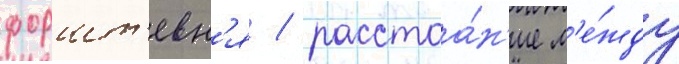
форшт'евн'я / расстоа́н'ие м'е́жду